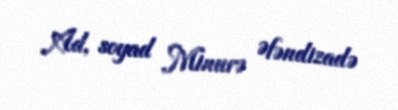
Ad, soyad Minurə Əfəndizadə